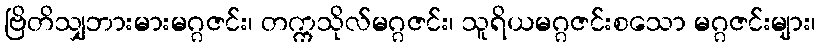
ဗြိတိသျှဘားမားမဂ္ဂဇင်း၊ တက္ကသိုလ်မဂ္ဂဇင်း၊ သူရိယမဂ္ဂဇင်းစသော မဂ္ဂဇင်းများ၊